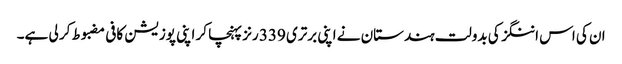
ان کی اس اننگز کی بدولت ہندستان نے اپنی برتری 339 رنز پہنچا کر اپنی پوزیشن کافی مضبوط کر لی ہے۔